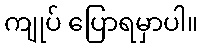
ကျုပ် ပြောရမှာပါ။